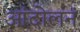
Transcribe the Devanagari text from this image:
आंदोलनं